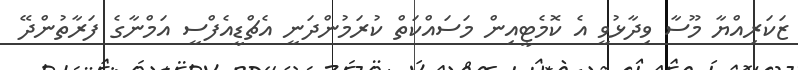
ޒަކަރިއްޔާ މޫސާ ވިދާޅުވީ އެ ކޮމެޓީއިން މަސައްކަތް ކުރަމުންދަނީ އެޗްޑީއެފްސީ އަމްނާގެ ފަރާތުންދޭ